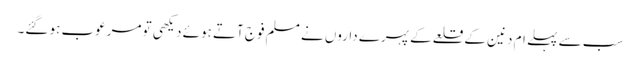
سب سے پہلے ام دنین کے قلعے کے پہرے داروں نے مسلم فوج آتے ہوئے دیکھی تو مرعوب ہو گئے۔